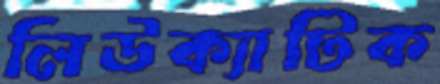
লিউক্যাটিক